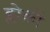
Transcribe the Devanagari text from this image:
ब्लोकों